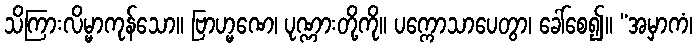
သိကြားလိမ္မာကုန်သော။ ဗြာဟ္မဏေ၊ ပုဏ္ဏားတို့ကို။ ပက္ကောသာပေတွာ၊ ခေါ်စေ၍။ “အမှာကံ၊